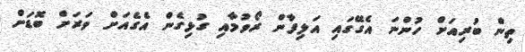
ތިން ބުރިއަށް ހުންނަ އެގޭގައި އަލިފާން ރޯވުމާއި ގުޅިގެން އެގެއަށް ވަރަށް ބޮޑަށް